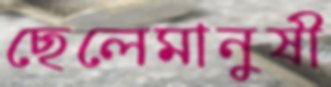
ছেলেমানুষী